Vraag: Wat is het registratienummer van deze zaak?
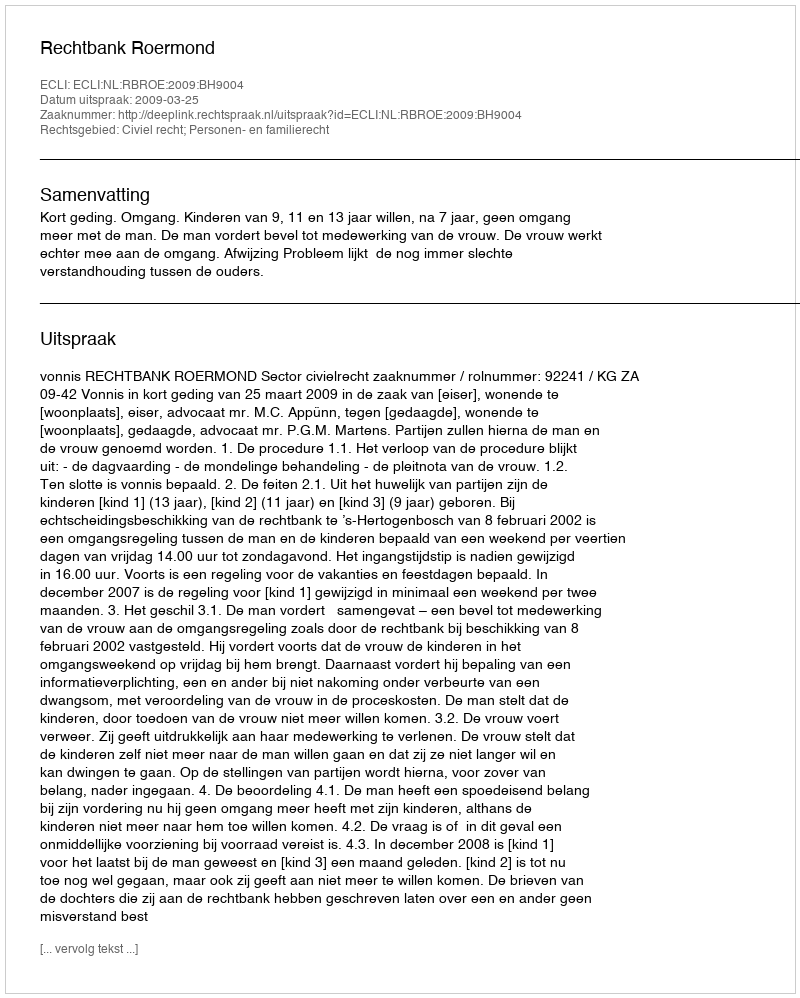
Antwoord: http://deeplink.rechtspraak.nl/uitspraak?id=ECLI:NL:RBROE:2009:BH9004